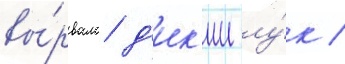
вы́рвала д'ик'ии лу́к /